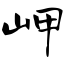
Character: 岬